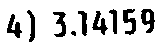
4) 3.14159